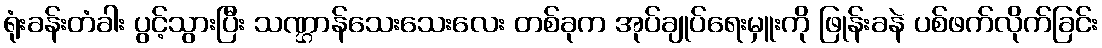
ရုံးခန်းတံခါး ပွင့်သွားပြီး သဏ္ဌာန်သေးသေးလေး တစ်ခုက အုပ်ချုပ်ရေးမှူးကို ဖြုန်းခနဲ ပစ်ဖက်လိုက်ခြင်း